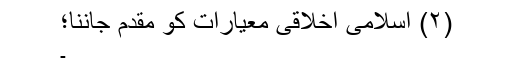
(۲) اسلامی اخلاقی معیارات کو مقدم جاننا؛
۔